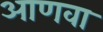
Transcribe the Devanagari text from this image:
आणवा